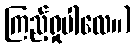
ကြည့်ရှုပါလေ။)